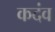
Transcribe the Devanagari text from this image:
कदंव